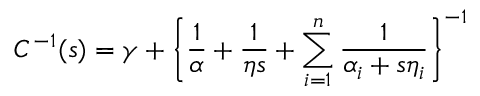
C ^ { - 1 } ( s ) = \gamma + \bigg \{ \frac { 1 } { \alpha } + \frac { 1 } { \eta s } + \sum _ { i = 1 } ^ { n } \frac { 1 } { \alpha _ { i } + s \eta _ { i } } \bigg \} ^ { - 1 }